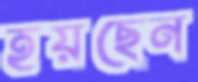
হয়ছেন